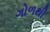
ગોળથી